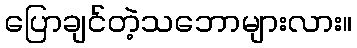
ပြောချင်တဲ့သဘောများလား။